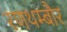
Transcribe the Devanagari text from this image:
रणथम्बौर